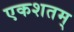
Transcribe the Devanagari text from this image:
एकशतम्